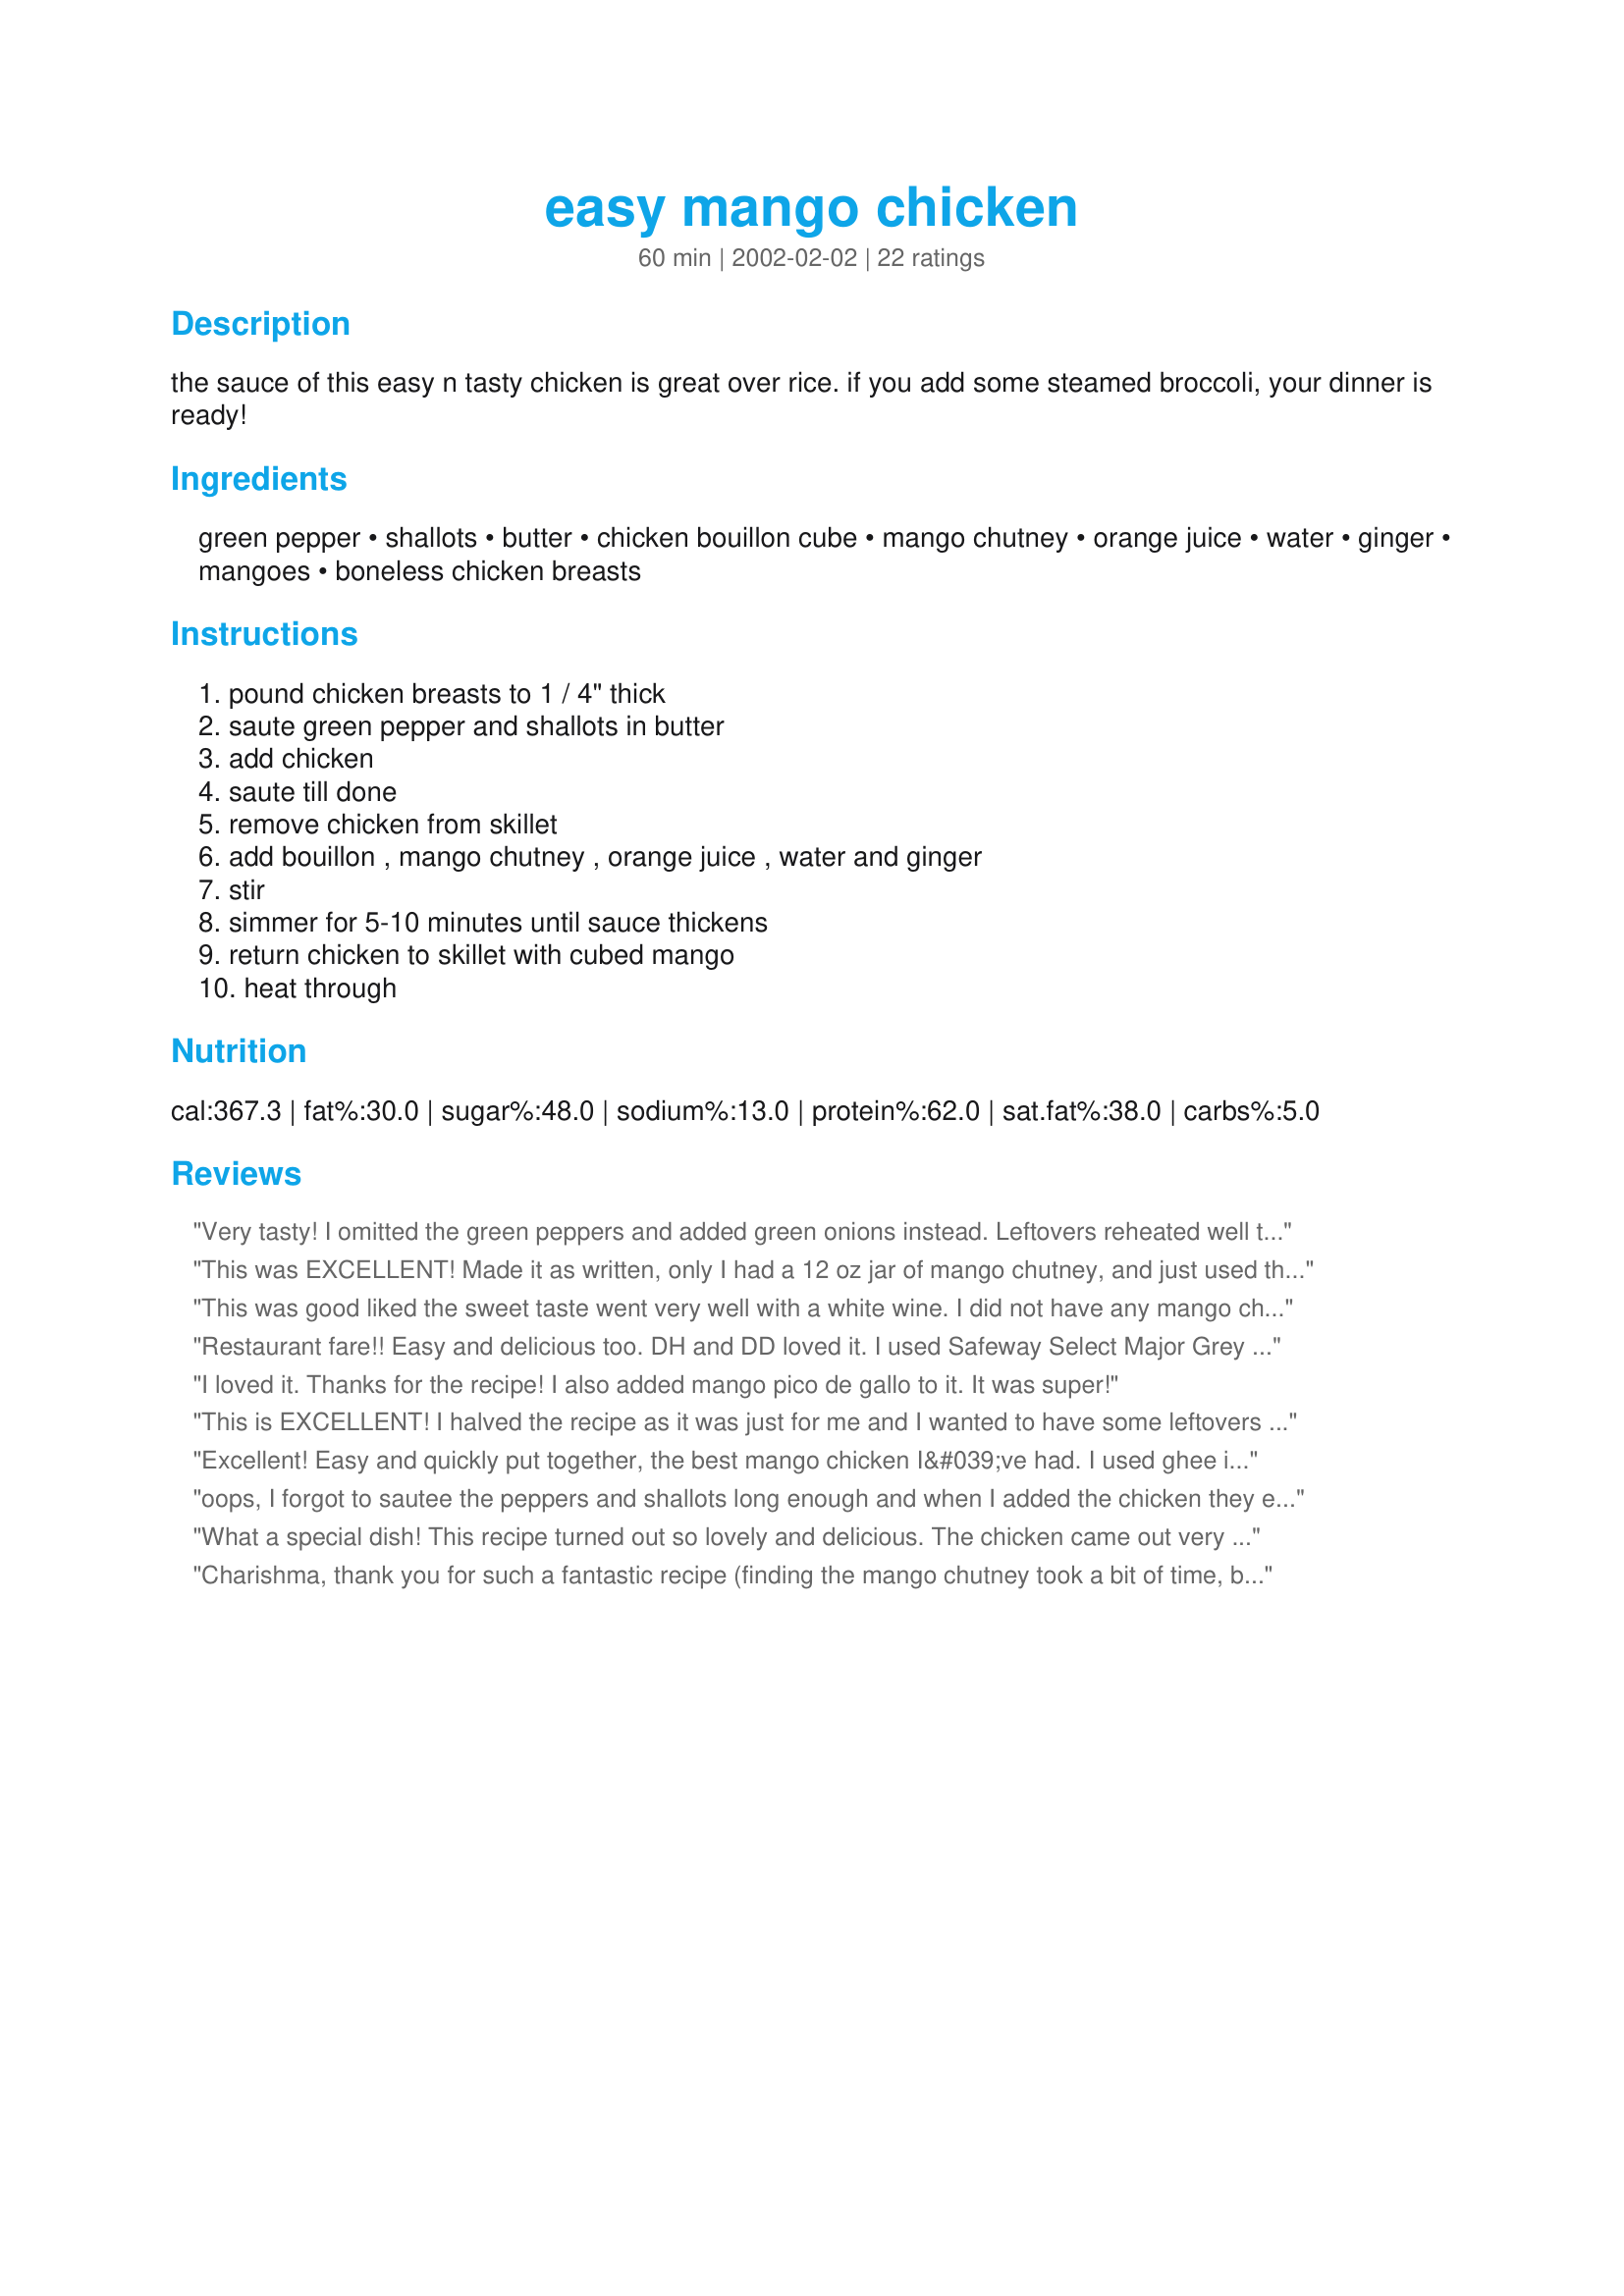
easy mango chicken
Preparation time: 60 minutes

the sauce of this easy n tasty chicken is great over rice. if you add some steamed broccoli, your dinner is ready!

Ingredients:
green pepper, shallots, butter, chicken bouillon cube, mango chutney, orange juice, water, ginger, mangoes, boneless chicken breasts

Steps:
pound chicken breasts to 1 / 4" thick, saute green pepper and shallots in butter, add chicken, saute till done, remove chicken from skillet, add bouillon , mango chutney , orange juice , water and ginger, stir, simmer for 5-10 minutes until sauce thickens, return chicken to skillet with cubed mango, heat through

Reviews:
Very tasty! I omitted the green peppers and added green onions instead. Leftovers reheated well the next day too! Thanks!
This was EXCELLENT! Made it as written, only I had a 12 oz jar of mango chutney, and just used the whole thing. While it was a pretty easy recipe, I'm not too good with mangos, (Can you use the hard center? Is there a pit in there somewhere??) so I kind of butchered the poor thing. All in all though, I will DEFINATELY be making this again. I loved it! Thanks!
This was good liked the sweet taste went very well with a white wine. I did not have any mango chutney so I used recipe #23146 but only made 1/4 of it.
Restaurant fare!! Easy and delicious too. DH and DD loved it. I used Safeway Select Major Grey Mango chutney, and the flavor was excellent with a real depth to it as if one had put a whole lot of work into the sauce! I think I may try it with Mahi Mahi...Thanks for a super special dinner
I loved it. Thanks for the recipe! I also added mango pico de gallo to it. It was super!
This is EXCELLENT! I halved the recipe as it was just for me and I wanted to have some leftovers for tomorrow. Well, this was so delicious that I ate much more than just one portion, so there is not really a lot left for tomorrow...I did make a few changes, though. I dried the sliced chicken and sprinkled it with some flour, paprika and cayenne pepper. I then fried it and set it aside. Next I stir-fried the green pepper (I doubled the amount, worked well)with a quarter of an onion and set aside to the chicken. I followed your recipe for the sauce except that I added a tiny red chili. I served this over steamed basmati rice. I loved the combination of sweet and hot and the ginger added a nice touch. I think this recipe is very good for people who grow their own mangoes as you can use your own mango chutney as well. I also think this recipe would work without the fresh mango, if you don't have one at hand. Thank you for an easy and delicious recipe.
Excellent! Easy and quickly put together, the best mango chicken I&#039;ve had. I used ghee instead of butter and omitted the green pepper because I had none. Next time I&#039;ll add it - and there will be a next time. Thanks for sharing!
oops, I forgot to sautee the peppers and shallots long enough and when I added the chicken they ended up disentegrating and became a goo... however the chicken simmered in that goo and I think the flavor was enhanced a bit =) I probably don't recommend trying it as it kind of ruins the visual appearance of the dish, but still good nevertheless. Thanks!
What a special dish! This recipe turned out so lovely and delicious. The chicken came out very moist and tender, with a very unique flavor. I loved the flavor of the mango sauce. All of the measurements proved very accurate. I covered the chicken while it cooked with the shallots & the peppers (it took about 8 minutes for the chicken to finish cooking for that step). The only change I made was the amount of butter - I reduced it to 2 tsp. and used a nonstick skillet, which I would do again. I served the chicken over steamed rice with a simple salad of fresh multicolored bell pepper strips with olives tossed in a vinaigrette dressing. (See photo)
Charishma, thank you for such a fantastic recipe (finding the mango chutney took a bit of time, but it was well worth it)! I pounded the chicken fairly thin, and followed the recipe from there. (used a bit of apricot preserves, if you dont mind). We had lemon wild rice and a lovely chocolate mousse for dessert.

Thank you again!

Jill
This is soo excellent and a great exotic recipe! I will make this dish for a party of four next time. I too reduced the butter and only used 2tsp. I used Bombay Mango Chutney, the really best quality fine sauce that cost like $4.50 Cdhn a jar (yield about a cup). This recipe is definitely a keepr.
Excellent and easy recipe. I used a hot/spicy mango chutney so omitted the ginger, and loved the flavor. Leftovers the next day were great on a salad.
This was fabulous !!!! A real hit for my family. I used 1 c chicken stock instead of bouillon crystals and water. A definite keeper, thanks for sharing !!!!!
This deserves more than 5 stars! It was so easy to prepare and tastes so amazing that I couldnt stop eating it even though I knew I should leave some for the guests who were coming! I used sweet mango chutney which made it really sweet, I think using a spicy chutney would also give it an interesting flavour.
This is a great recipe for that different taste you are looking for. Yum!!
Char this is excellent. I pounded the chicken a lot and cut into small pieces. The chicken came out came out very tender. I used about 1 1/2 (400g) tins of mango and added a teaspoon of chilli. This is very quick and easy to make and a definite keeper for us. Thanks for posting, I've added it to our favourites.
I made this dish and my family loveeeeeed it! The only thing that I did different was to add a little pepper sauce and a tiny bit of salt. Definitely a "keeper". Thanks for posting....
This dish had a very rich flavor.
I made a number of adjustments to this recipe, but it still turned out wonderful. First, I used apricot preserves in place of the mango chutney because I happened to have this on hand. I also used celery instead of the shallots (we have trouble with onion) and it was delicious. This is such an adaptable recipe.
This was good. I didn't sautee in butter (used butter flavored cooking spray), and I didn't have mango chutney so I used an equal amount of fresh salsa (going off the idea from a black bean mango salsa dish I made a few weeks ago). We enjoyed the combo very much. I also didn't have chopped ginger so I sprinkled some ground ginger in it. Overall it was good and DH told me to keep it in the recipe book.
Ah yes!! A lovely, easy, elegant dish. We had several fresh mangos in the house, and I had been saving the chutney for 'something special' to use it on. This was the perfect time to use it. I loved the green onions with the mangos and the chutney added just the right spices to boost the flavors. Charishma....we really liked this dish a lot. Served with Wild Rice and Raisin Salad. Thanks for sharing your recipe.
My family really enjoyed this dish one night when they came to my house for dinner. I doubled the recipe and also made a few small changes. I didn't have any bouillon cubes, so I used liquid chicken stock instead of water. I also grated the ginger instead of chopping it as I don't like biting into small pieces of ginger, but I love the flavour it gives in a meal. My fiance pounded the chicken and cut it into small pieces which helped to make it really tender. They all loved it except for my brother's girlfriend (who is a fussy eater anyway), as she doesn't like fruit in her main meals. There were also leftovers which my fiance had for lunch the next day and he said it was even better than the night before. I also served this with rice.
